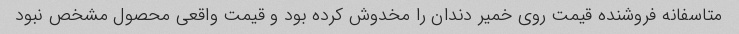
متاسفانه فروشنده قیمت روی خمیر دندان را مخدوش کرده بود و قیمت واقعی محصول مشخص نبود